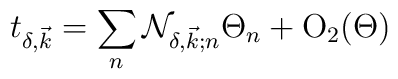
t_{\delta, \vec{k}} = \sum_{n} {\cal N}_{\delta, \vec{k}; n} \Theta_{n} + {\mbox{O}}_{2}(\Theta)